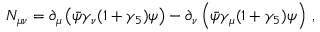
N _ { \mu \nu } = \partial _ { \mu } \left( \bar { \psi } \gamma _ { \nu } ( 1 + \gamma _ { 5 } ) \psi \right) - \partial _ { \nu } \left( \bar { \psi } \gamma _ { \mu } ( 1 + \gamma _ { 5 } ) \psi \right) \, ,